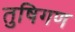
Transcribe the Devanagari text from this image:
तुषिगण